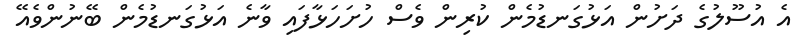
އެ އުސޫލުގެ ދަށުން އަޅުގަނޑުމެން ކުރިން ވެސް ހުށަހަޅާފައި ވާނެ އަޅުގަނޑުމެން ބޭނުންވެއޭ